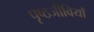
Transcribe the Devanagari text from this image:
पृष्ठजीवियों